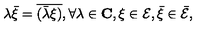
\lambda \bar { \xi } = \overline { { ( \bar { \lambda } \xi ) } } , \forall \lambda \in { \bf C } , \xi \in { \cal E } , \bar { \xi } \in \bar { \cal E } ,